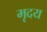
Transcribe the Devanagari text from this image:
मृदय